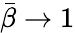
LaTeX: \bar{\beta}\rightarrow 1